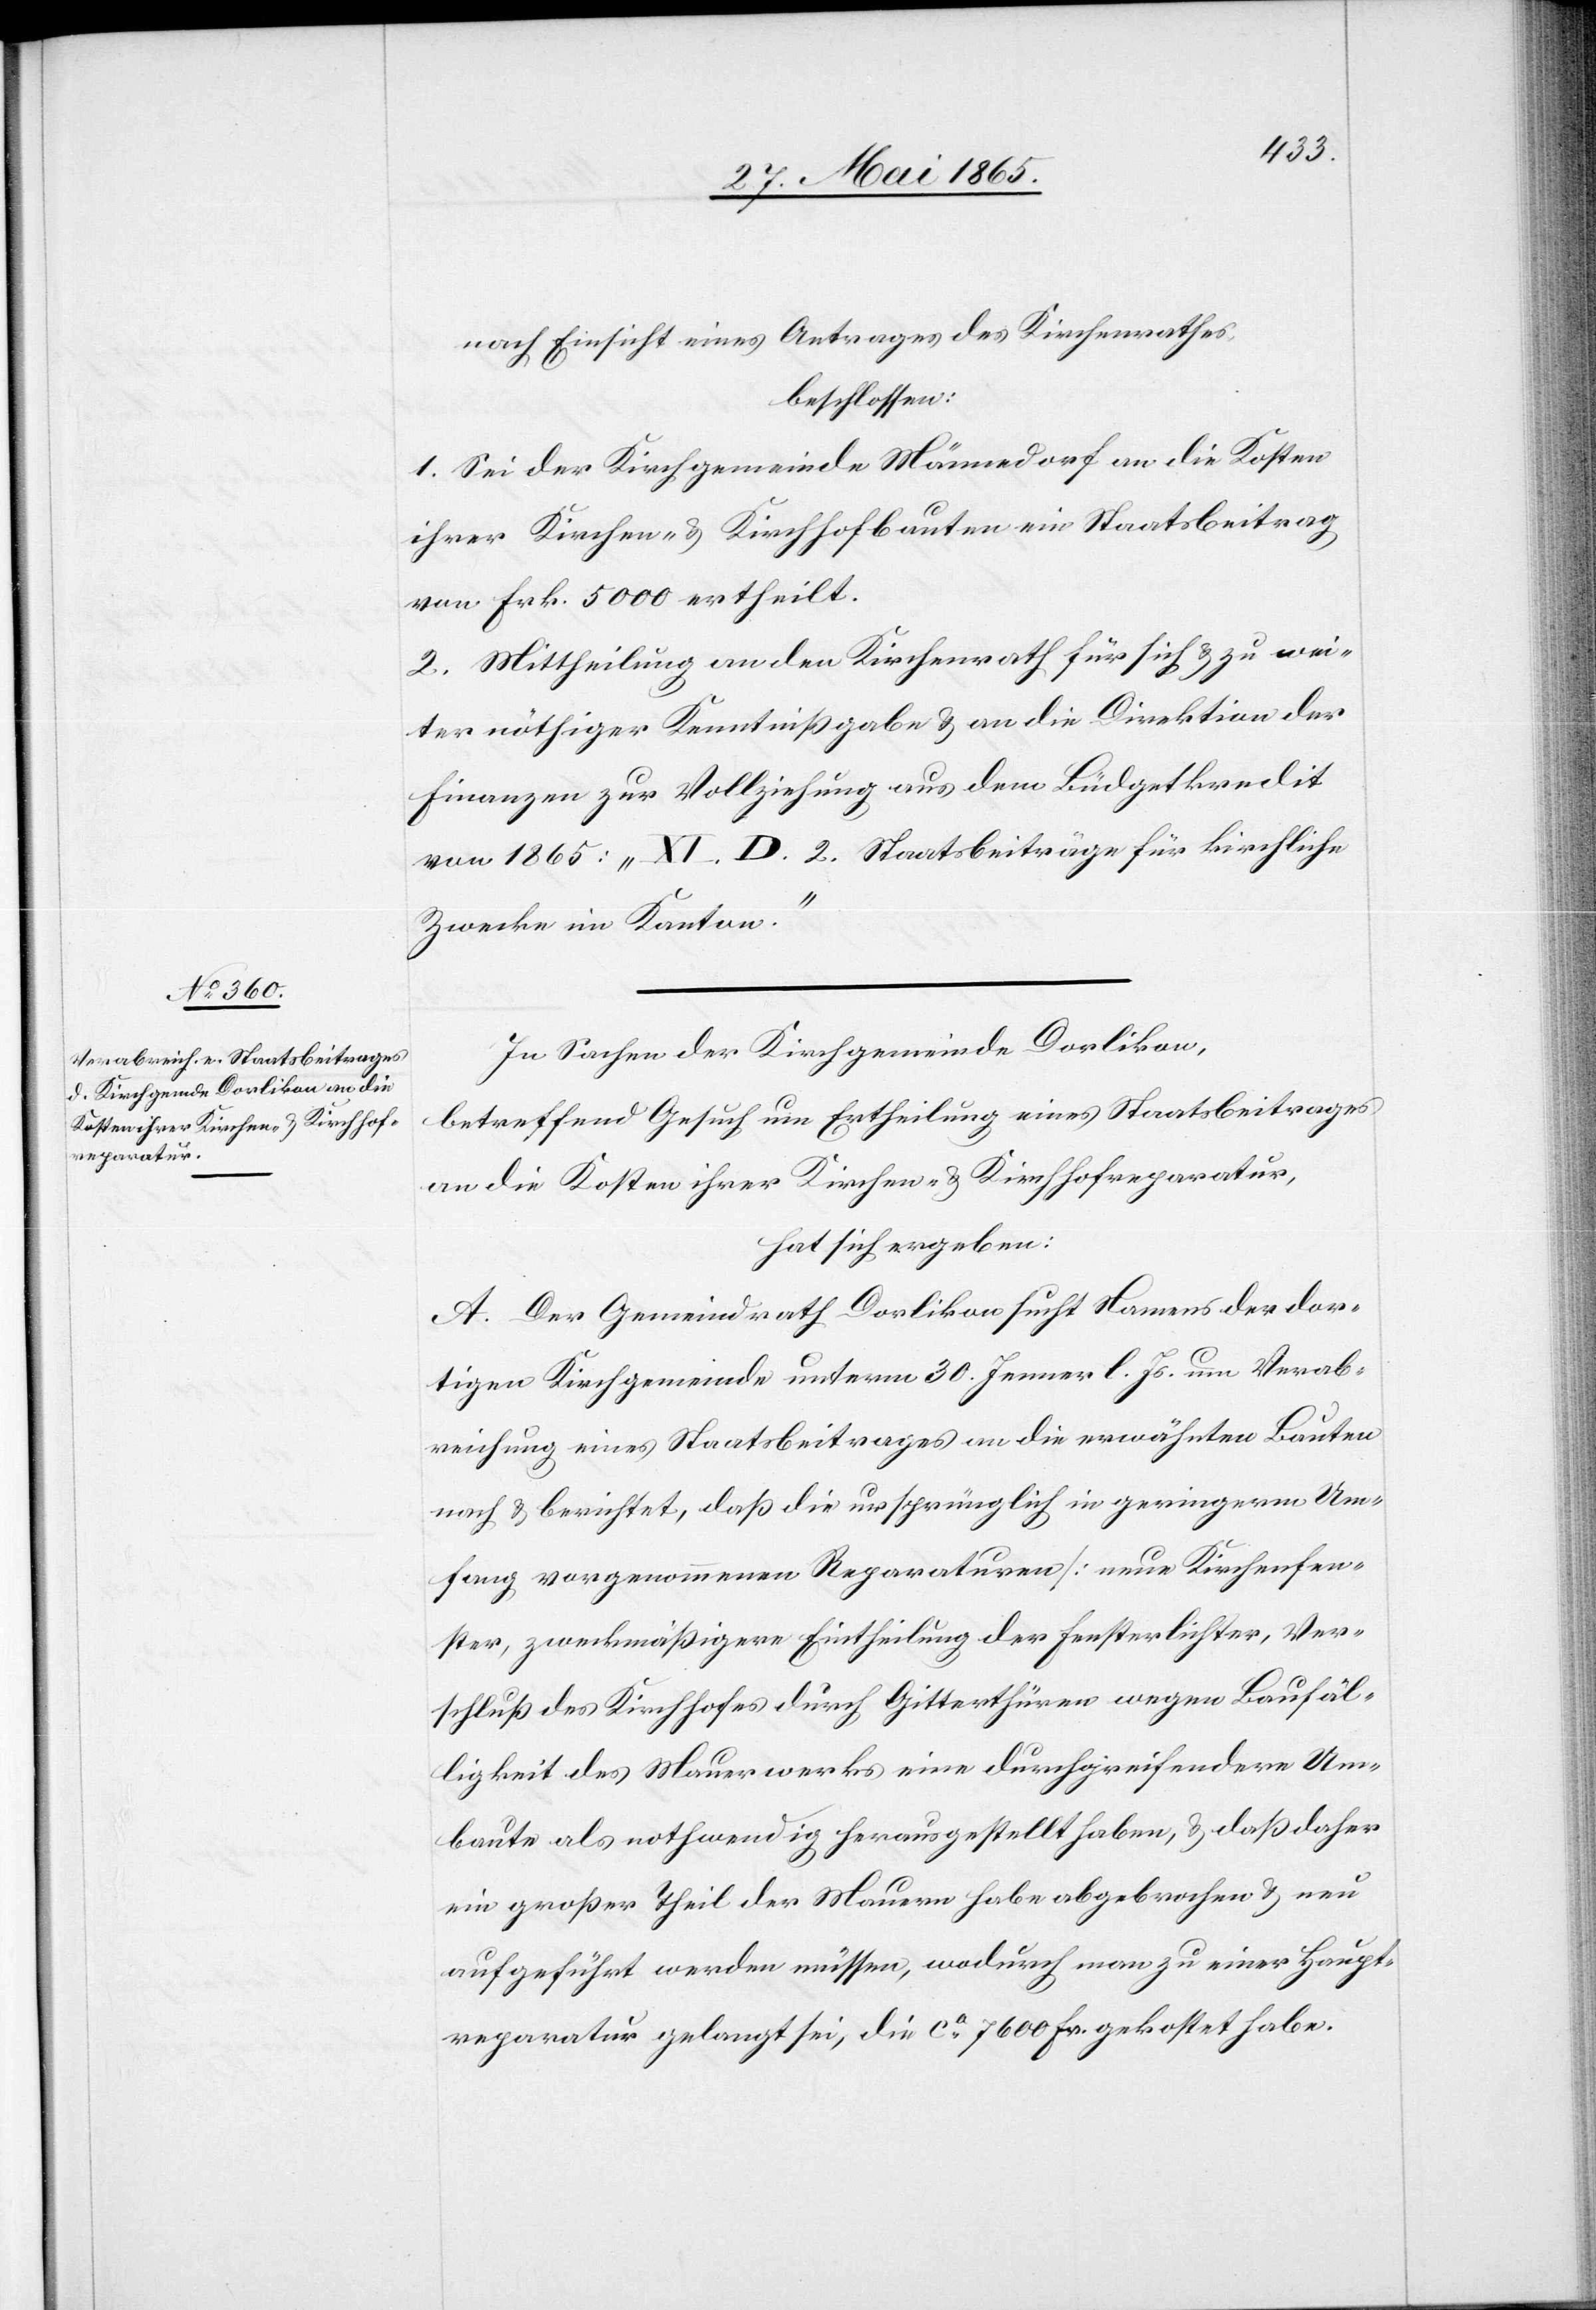
nach Einsicht eines Antrages des Kirchenrathes,
beschlossen:
1. Sei der Kirchgemeinde Männedorf an die Kosten
ihrer Kirchen- & Kirchhofbauten ein Staatsbeitrag
von Frk. 5000 ertheilt.
2. Mittheilung an den Kirchenrath für sich & zu wei¬
ter nöthiger Kenntnißgabe & an die Direktion der
Finanzen zur Vollziehung aus dem Büdgetkredit
von 1865: „XI. D. 2. Staatsbeiträge für kirchliche
Zwecke im Kanton.“
In Sachen der Kirchgemeinde Dorlikon,
betreffend Gesuch um Ertheilung eines Staatsbeitrages
an die Kosten ihrer Kirchen- & Kirchhofreparatur,
hat sich ergeben:
A. Der Gemeindrath Dorlikon sucht Namens der dor¬
tigen Kirchgemeinde unterm 30. Jenner l. Js. um Verab¬
reichung eines Staatsbeitrages an die erwähnten Bauten
nach & berichtet, daß die ursprünglich in geringerm Um¬
fang vorgenommenen Reparaturen [neue Kirchenfen¬
ster, zweckmäßigere Eintheilung der Fensterlichter, Ver¬
schluß des Kirchhofes durch Gitterthüren wegen Baufäl¬
ligkeit des Mauerwerks[]] eine durchgreifendere Um¬
baute als nothwendig herausgesellt haben, & daß daher
ein großer Theil der Mauern habe abgebrochen & neu
aufgeführt werden müssen, wodurch man zu einer Haupt¬
reparatur gelangt sei, die ca 7600 Fr. gekostet habe.